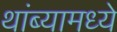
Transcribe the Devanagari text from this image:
थांब्यामध्ये